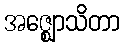
အဇ္ဈောသိတာ